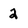
Character: 2